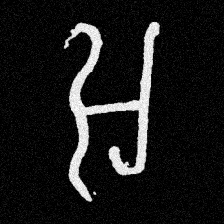
Pyu character \u2014 Myanmar letter: အ (romanized: a)